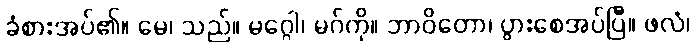
ခံစားအပ်၏။ မေ၊ သည်။ မဂ္ဂေါ၊ မဂ်ကို။ ဘာဝိတော၊ ပွားစေအပ်ပြီ။ ဖလံ၊